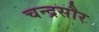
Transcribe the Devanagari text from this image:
चन्द्रसौर